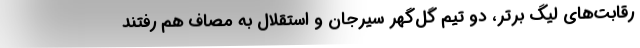
رقابت‌های لیگ برتر، دو تیم گل‌گهر سیرجان و استقلال به مصاف هم رفتند